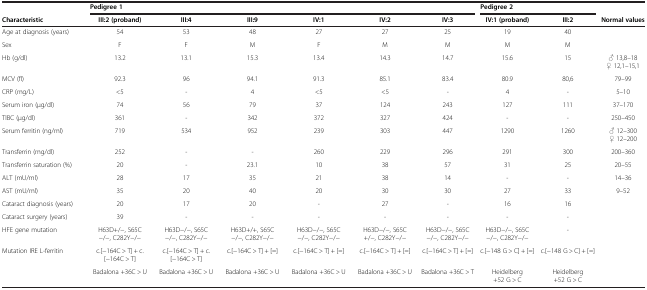
<table><thead><tr><td><b> </b></td><td colspan="6"><b>Pedigree 1</b></td><td colspan="2"><b>Pedigree 2</b></td><td><b> </b></td></tr><tr><td><b>Characteristic</b></td><td><b>III:2 (proband)</b></td><td><b>III:4</b></td><td><b>III:9</b></td><td><b>IV:1</b></td><td><b>IV:2</b></td><td><b>IV:3</b></td><td><b>IV:1 (proband)</b></td><td><b>III:2</b></td><td><b>Normal values</b></td></tr></thead><tbody><tr><td>Age at diagnosis (years)</td><td>54</td><td>53</td><td>48</td><td>27</td><td>27</td><td>25</td><td>19</td><td>40</td><td> </td></tr><tr><td>Sex</td><td>F</td><td>F</td><td>M</td><td>F</td><td>M</td><td>M</td><td>M</td><td>M</td><td> </td></tr><tr><td>Hb (g/dl)</td><td>13.2</td><td>13.1</td><td>15.3</td><td>13.4</td><td>14.3</td><td>14.7</td><td>15.6</td><td>15</td><td>♂ 13,8–18♀ 12,1–15,1</td></tr><tr><td>MCV (fl)</td><td>92.3</td><td>96</td><td>94.1</td><td>91.3</td><td>85.1</td><td>83.4</td><td>80.9</td><td>80,6</td><td>79–99</td></tr><tr><td>CRP (mg/L)</td><td>&lt;5</td><td>-</td><td>4</td><td>&lt;5</td><td>&lt;5</td><td>-</td><td>4</td><td>-</td><td>5–10</td></tr><tr><td>Serum iron (μg/dl)</td><td>74</td><td>56</td><td>79</td><td>37</td><td>124</td><td>243</td><td>127</td><td>111</td><td>37–170</td></tr><tr><td>TIBC (μg/dl)</td><td>361</td><td>-</td><td>342</td><td>372</td><td>327</td><td>424</td><td>-</td><td>-</td><td>250–450</td></tr><tr><td>Serum ferritin (ng/ml)</td><td>719</td><td>534</td><td>952</td><td>239</td><td>303</td><td>447</td><td>1290</td><td>1260</td><td>♂ 12–300♀ 12–200</td></tr><tr><td>Transferrin (mg/dl)</td><td>252</td><td>-</td><td>-</td><td>260</td><td>229</td><td>296</td><td>291</td><td>300</td><td>200–360</td></tr><tr><td>Transferrin saturation (%)</td><td>20</td><td>-</td><td>23.1</td><td>10</td><td>38</td><td>57</td><td>31</td><td>25</td><td>20–55</td></tr><tr><td>ALT (mU/ml)</td><td>28</td><td>17</td><td>35</td><td>21</td><td>38</td><td>14</td><td>-</td><td>-</td><td>14–36</td></tr><tr><td>AST (mU/ml)</td><td>35</td><td>20</td><td>40</td><td>20</td><td>30</td><td>30</td><td>27</td><td>33</td><td>9–52</td></tr><tr><td>Cataract diagnosis (years)</td><td>20</td><td>17</td><td>20</td><td>-</td><td>27</td><td>-</td><td>16</td><td>16</td><td> </td></tr><tr><td>Cataract surgery (years)</td><td>39</td><td>-</td><td>-</td><td>-</td><td>-</td><td>-</td><td>-</td><td>-</td><td> </td></tr><tr><td>HFE gene mutation</td><td>H63D+/−, S65C−/−, C282Y−/−</td><td>H63D−/−, S65C−/−, C282Y−/−</td><td>H63D+/+, S65C−/−, C282Y−/−</td><td>H63D−/−, S65C−/−, C282Y−/−</td><td>H63D−/−, S65C+/−, C282Y−/−</td><td>H63D−/−, S65C−/−, C282Y−/−</td><td>H63D−/−, S65C−/−, C282Y−/−</td><td>-</td><td> </td></tr><tr><td>Mutation IRE L-ferritin</td><td>c.[−164C &gt; T] + c.[−164C &gt; T]</td><td>c.[−164C &gt; T] + c.[−164C &gt; T]</td><td>c.[−164C &gt; T] + [=]</td><td>c.[−164C &gt; T] + [=]</td><td>c.[−164C &gt; T] + [=]</td><td>c.[−164C &gt; T] + [=]</td><td>c.[−148 G &gt; C] + [=]</td><td>c.[−148 G &gt; C] + [=]</td><td> </td></tr><tr><td> </td><td>Badalona +36C &gt; U</td><td>Badalona +36C &gt; U</td><td>Badalona +36C &gt; U</td><td>Badalona +36C &gt; U</td><td>Badalona +36C &gt; U</td><td>Badalona +36C &gt; T</td><td>Heidelberg +52 G &gt; C</td><td>Heidelberg +52 G &gt; C</td><td> </td></tr></tbody></table>